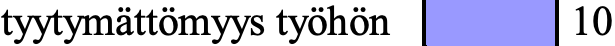
tyytymättömyys työhön 10